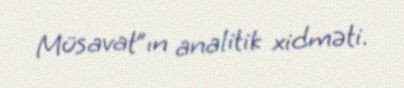
Müsavat”ın analitik xidməti.